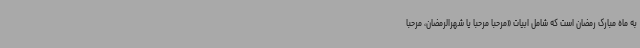
به ماه مبارک رمضان است که شامل ابیات «مرحبا مرحبا یا شهرالرمضان، مرحبا